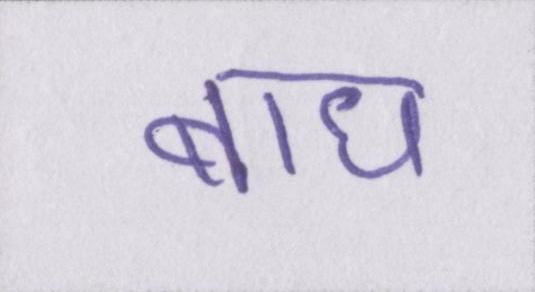
बाघ